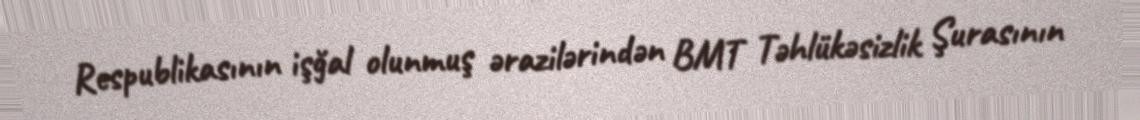
Respublikasının işğal olunmuş ərazilərindən BMT Təhlükəsizlik Şurasının